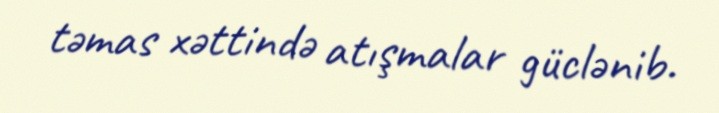
təmas xəttində atışmalar güclənib.